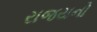
રાજયનો